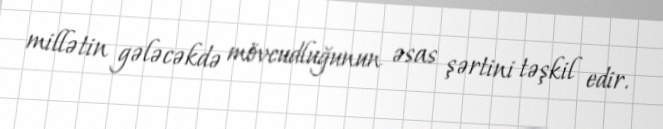
millətin gələcəkdə mövcudluğunun əsas şərtini təşkil edir.